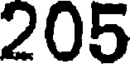
205